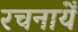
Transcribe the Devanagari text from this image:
रचनायेँ